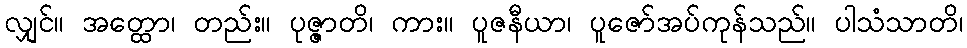
လျှင်။ အတ္ထော၊ တည်း။ ပုဇ္ဇာတိ၊ ကား။ ပူဇနီယာ၊ ပူဇော်အပ်ကုန်သည်။ ပါသံသာတိ၊